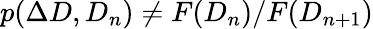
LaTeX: p(\Delta D,D_{n})\neq F(D_{n})/F(D_{n+1})